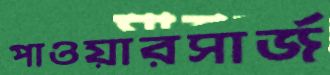
পাওয়ারসার্জ